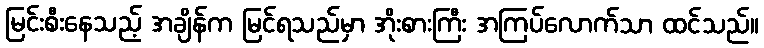
မြင်းစီးနေသည့် အချိန်က မြင်ရသည်မှာ အိုးစားကြီး အကြပ်လောက်သာ ထင်သည်။